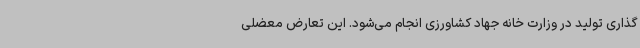
گذاری تولید در وزارت خانه جهاد کشاورزی انجام می‌شود. این تعارض معضلی